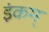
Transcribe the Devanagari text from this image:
इंकम्